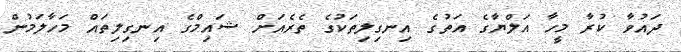
ދައުވާ ކުރާ މީހާ އަލްޔާގެ އަތުގެ އިނގިލިތަކުގެ ތެރެއަށް ޝައިމްގެ އިނގިލިތައް މަހާލަމުން